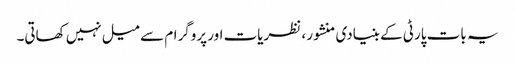
یہ بات پارٹی کے بنیادی منشور ، نظریات اور پروگرام سے میل نہیں کھاتی۔